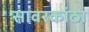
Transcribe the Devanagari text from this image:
सावरकांठा